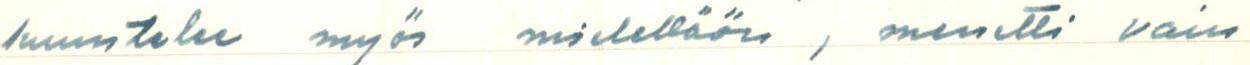
kuuntelee myös mielellään, menetti vain